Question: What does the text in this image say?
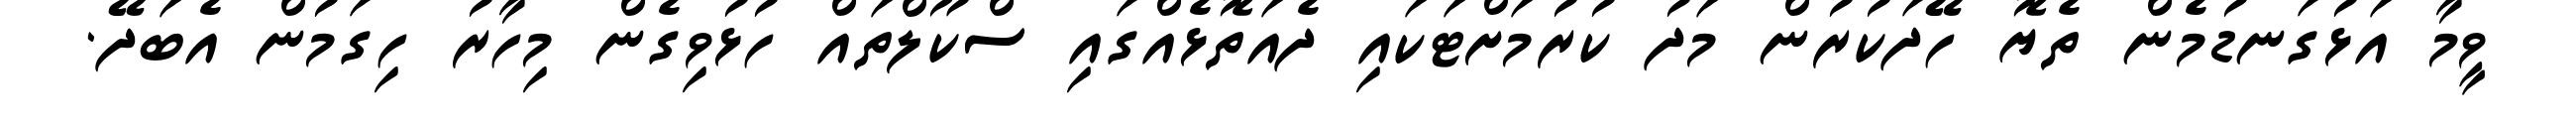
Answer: ވީމާ އަޅުގަނޑުމެން ތެޔޮ ހޭދަކުރުން މަދު ކުރުމަށްޓަކައި ދެއަތޮޅެއްގައި ސްކޫލްތައް ހުޅުވިގެން މިހާރު ހިގަމުން އެބަދޭ.